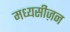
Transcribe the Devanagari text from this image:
मध्यसीज़न